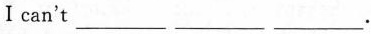
I can't ___ ___ ___。